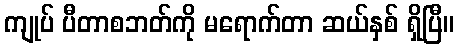
ကျုပ် ပီတာစဘတ်ကို မရောက်တာ ဆယ်နှစ် ရှိပြီ။